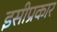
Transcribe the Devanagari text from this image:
इसीप्रकार